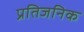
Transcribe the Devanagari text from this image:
प्रतिजनिक